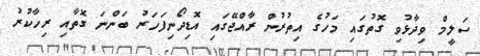
ސަލީމް ވިދާޅުވި ގޮތުގައި މަހުގެ އިތުރުން ރާއްޖޭގައި އޮޑިދޯނިފަހަރު ބަންނަ ގޮތާއި ރިހާކުރު